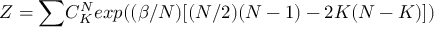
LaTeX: Z = { \large \sum } C _ { K } ^ { N } e x p { \large ( } ( \beta / N ) [ ( N / 2 ) ( N - 1 ) - 2 K ( N - K ) ] { \large ) }